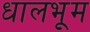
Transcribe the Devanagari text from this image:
धालभूम